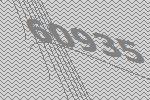
60935